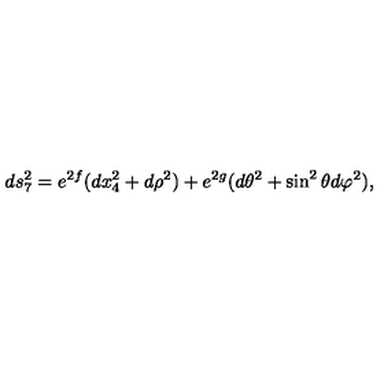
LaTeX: d s _ { 7 } ^ { 2 } = e ^ { 2 f } ( d x _ { 4 } ^ { 2 } + d \rho ^ { 2 } ) + e ^ { 2 g } ( d \theta ^ { 2 } + \sin ^ { 2 } \theta d \varphi ^ { 2 } ) ,